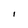
Character: I